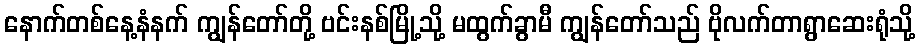
နောက်တစ်နေ့နံနက် ကျွန်တော်တို့ ဗင်းနစ်မြို့သို့ မထွက်ခွာမီ ကျွန်တော်သည် ဗိုလက်တာရွာဆေးရုံသို့